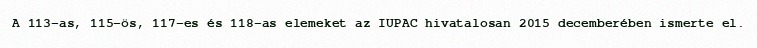
A 113-as, 115-ös, 117-es és 118-as elemeket az IUPAC hivatalosan 2015 decemberében ismerte el.